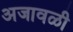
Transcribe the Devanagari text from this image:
अजावळी